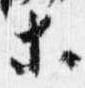
等